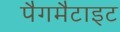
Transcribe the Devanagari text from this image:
पैगमैटाइट